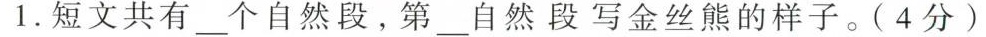
1.短文共有___个自然段，第___自然段写金丝熊的样子。(4分)